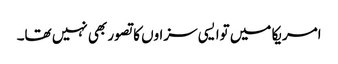
امریکا میں توا یسی سزاوں کا تصور بھی نہیں تھا۔